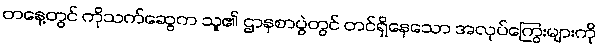
တနေ့တွင် ကိုသက်ဆွေက သူ၏ ဌာနစာပွဲတွင် တင်ရှိနေသော အလုပ်ကြွေးများကို